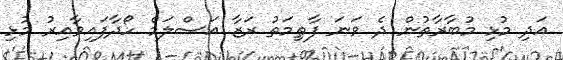
އަދި މުޅި މުބާރާތުން ދެ ވަނަ ފާޠިމަތު ރަޒާ އަސްލަމް ހޯދާފައިވާއިރު މުޅި